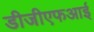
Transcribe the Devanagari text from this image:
डीजीएफआई